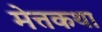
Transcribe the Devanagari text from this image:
मेत्तकथा